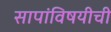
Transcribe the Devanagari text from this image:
सापांविषयीची